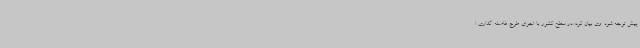
پیش توجه شود. وی بیان کرد: در سطح کشور با اجرای طرح فاصله گذاری ا